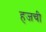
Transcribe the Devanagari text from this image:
हजची